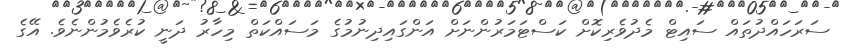
ސަރަހައްދުތައް ސައިޓް މެދުވެރިކޮށް ކަސްޓަމަރުންނަށް އަންގައިދިނުމުގެ މަސައްކަތް މިހާރު ދަނީ ކުރެވެމުންނެވެ. އޭގެ